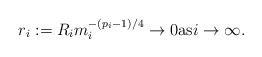
LaTeX: \begin{align*}r_i:=R_im_i^{-(p_i-1)/4}\rightarrow 0\mbox{as}i\rightarrow \infty.\end{align*}